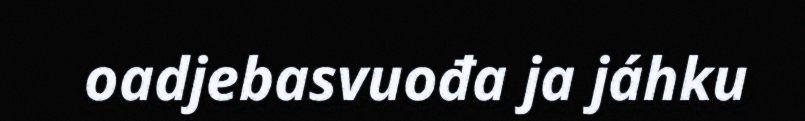
oadjebasvuođa ja jáhku